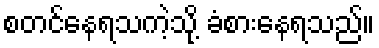
စတင်နေရသကဲ့သို့ ခံစားနေရသည်။